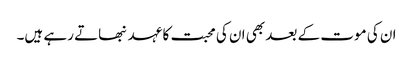
ان کی موت کے بعد بھی ان کی محبت کا عہد نبھاتے رہے ہیں۔